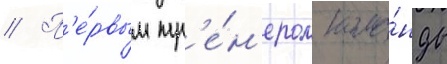
// П'е́рвым тр'е́н'ером кома́нды